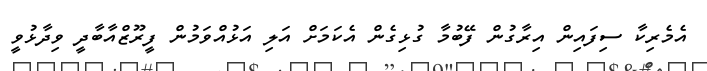
އެމެރިކާ ސިފައިން އިރާގުން ފޭބުމާ ގުޅިގެން އެކަމަށް އަލި އަޅުއްވަމުން ފީރޫޒްއާބާދީ ވިދާޅުވީ